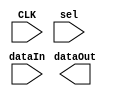
module fifteenBitRegister(
    input [14:0] dataIn,
    input CLK,
    output [14:0] dataOut,
    input sel
);
reg [14:0] tmp = 0; // initialize to 0
always @(posedge CLK)
begin
    if (sel == 1)
       tmp <= dataIn;
end
endmodule